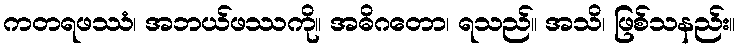
ကတရဖဿံ၊ အဘယ်ဖဿကို။ အဓိဂတော၊ ရသည်။ အသိ၊ ဖြစ်သနည်း။